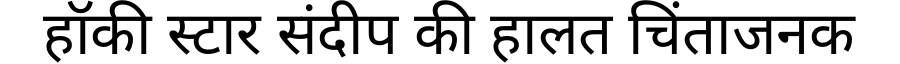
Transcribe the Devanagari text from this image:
हॉकी स्टार संदीप की हालत चिंताजनक